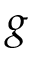
g